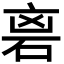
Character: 𮀘